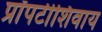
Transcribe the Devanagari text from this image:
प्रॉपर्टीशिवाय